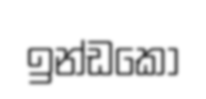
ඉන්ඩකො